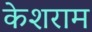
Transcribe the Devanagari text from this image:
केशराम